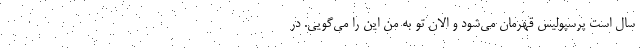
سال است پرسپولیس قهرمان می‌شود و الان تو به من این را می‌گویی. در